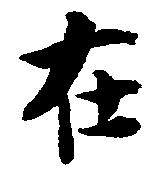
在